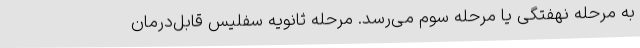
به مرحله نهفتگی یا مرحله سوم می‌رسد. مرحله ثانویه سفلیس قابل‌درمان